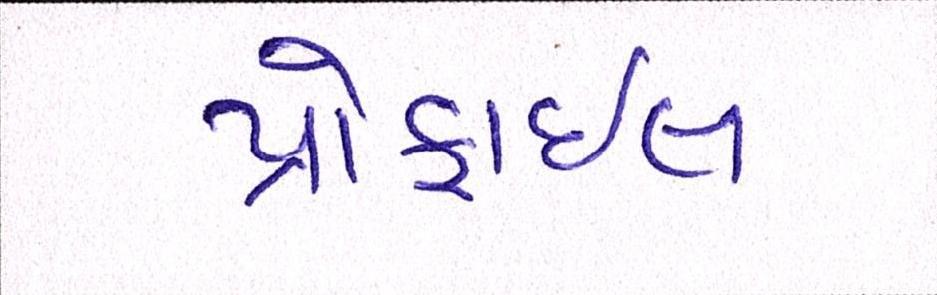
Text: પ્રોફાઇલ